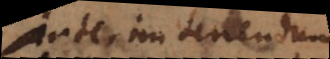
Interim tenendum